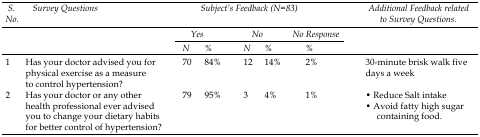
<table><thead><tr><td><b>S. No.</b></td><td><b>Survey Questions</b></td><td colspan="5"><b>Subject’s Feedback (N=83)</b></td><td><b>Additional Feedback related to Survey Questions.</b></td></tr><tr><td></td><td></td><td colspan="2"><b>Yes</b></td><td colspan="2"><b>No</b></td><td><b>No Response</b></td></tr><tr><td></td><td></td><td><b>N</b></td><td><b>%</b></td><td><b>N</b></td><td><b>%</b></td><td><b>%</b></td></tr></thead><tbody><tr><td>1</td><td>Has your doctor advised you for physical exercise as a measure to control hypertension?</td><td>70</td><td>84%</td><td>12</td><td>14%</td><td>2%</td><td>30-minute brisk walk five days a week</td></tr><tr><td rowspan="2">2</td><td rowspan="2">Has your doctor or any other health professional ever advised you to change your dietary habits for better control of hypertension?</td><td rowspan="2">79</td><td rowspan="2">95%</td><td rowspan="2">3</td><td rowspan="2">4%</td><td rowspan="2">1%</td><td>•Reduce Salt intake</td></tr><tr><td>•Avoid fatty high sugar containing food.</td></tr></tbody></table>